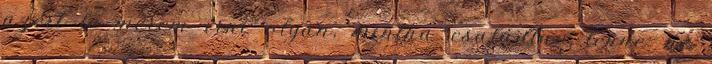
azért le merem írni olyan, mintha családtag lenne. ne